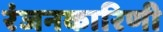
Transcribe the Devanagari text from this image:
रंजनकारिणी